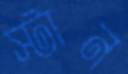
স্টান